255_413270_UFO's_and_Defense_What_Should_we_Prepare_For
Agency: NASA
Page 84
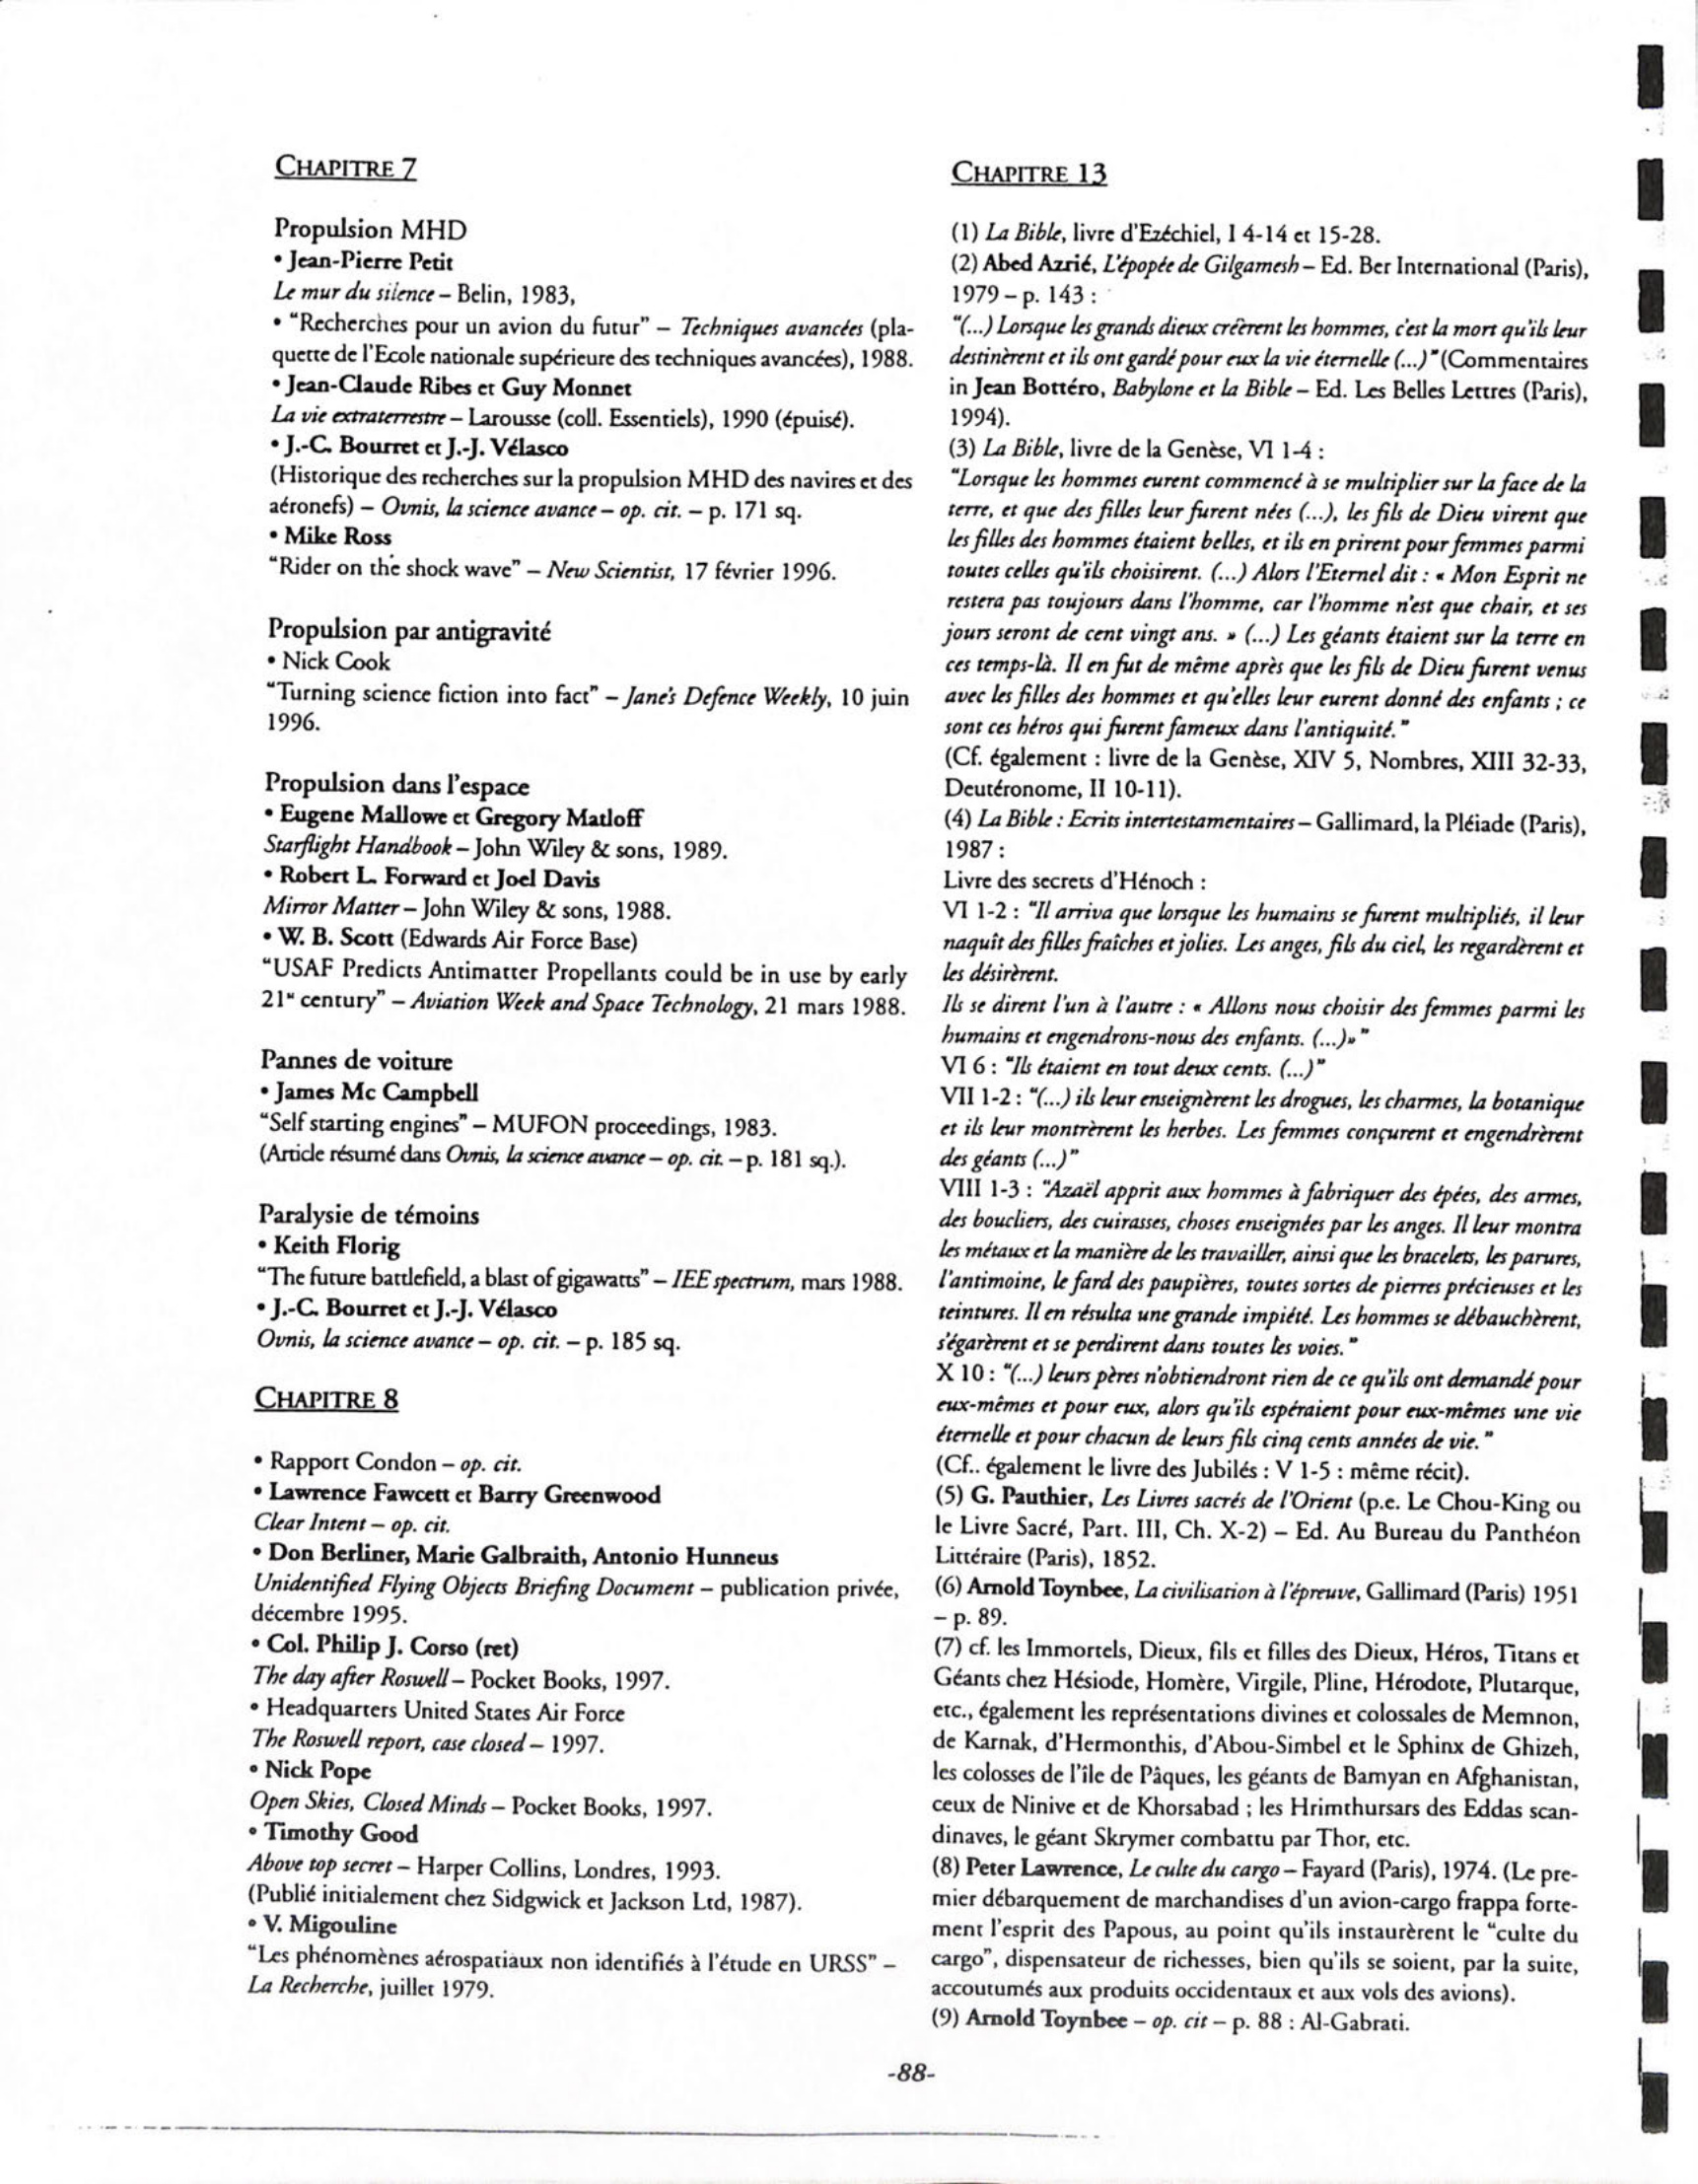